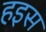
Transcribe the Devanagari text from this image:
हइस